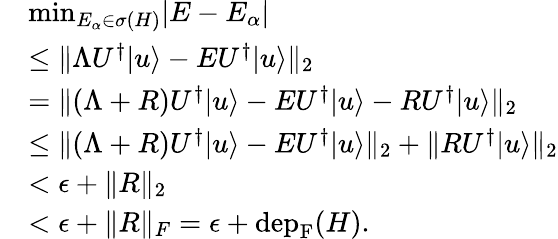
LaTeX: \begin{array}{rl}&{\mathrm{min}_{E_{\alpha}\in\sigma(H)}|E-E_{\alpha}|}\\ &{\le\| \Lambda U^{\dagger}|u\rangle-EU^{\dagger}|u\rangle\| _{2}}\\ &{=\| (\Lambda+R)U^{\dagger}|u\rangle-EU^{\dagger}|u\rangle-RU^{\dagger}|u\rangle\| _{2}}\\ &{\le\| (\Lambda+R)U^{\dagger}|u\rangle-EU^{\dagger}|u\rangle\| _{2}+\| RU^{\dagger}|u\rangle\| _{2}}\\ &{<\epsilon+\| R\| _{2}}\\ &{<\epsilon+\| R\| _{F}=\epsilon+\mathrm{dep}_{\mathrm{F}}(H).}\end{array}